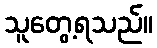
သူတွေ့ရသည်။